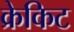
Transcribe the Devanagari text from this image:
क्रेकिट